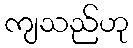
ကျသည်ဟု